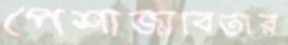
পেশাজীবিতার